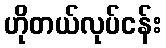
ဟိုတယ်လုပ်ငန်း